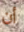
أن